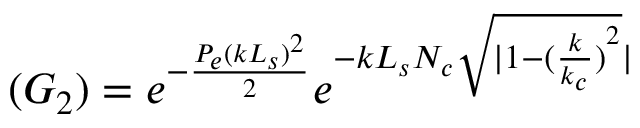
( G _ { 2 } ) = e ^ { - \frac { P _ { e } ( k L _ { s } ) ^ { 2 } } { 2 } } e ^ { - k L _ { s } N _ { c } \sqrt { | 1 - { ( \frac { k } { k _ { c } } ) } ^ { 2 } } | }